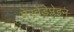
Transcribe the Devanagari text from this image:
मेरवेडेप्लेइन